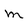
Character: M